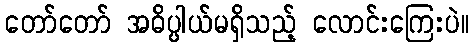
တော်တော် အဓိပ္ပါယ်မရှိသည့် လောင်းကြေးပဲ။